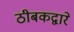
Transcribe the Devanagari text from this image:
ठीबकद्वारे